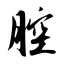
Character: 腔